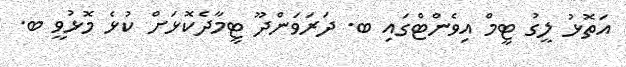
އަތޮޅު ލީގު ޓީމް އިވެންޓްގައި ބ. ދަރަވަންދޫ ޓީމާދެކޮޅަށް ކުޅެ މޮޅުވީ ބ.